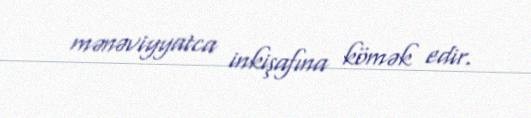
mənəviyyatca inkişafına kömək edir.